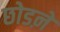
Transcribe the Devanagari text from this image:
छोडऩे